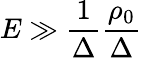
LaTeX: E\gg\frac{1}{\Delta}\frac{\rho_{0}}{\Delta}